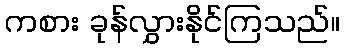
ကစား ခုန်လွှားနိုင်ကြသည်။